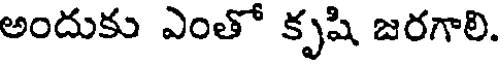
అందుకు ఎంతో కృషి జరగాలి.